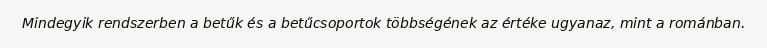
Mindegyik rendszerben a betűk és a betűcsoportok többségének az értéke ugyanaz, mint a románban.